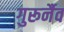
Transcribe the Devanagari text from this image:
गुरूर्नैव